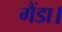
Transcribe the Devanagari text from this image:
गैंडा।